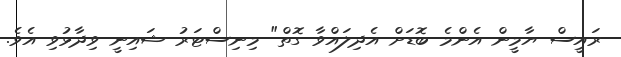
ރައީސް ޔާމީން އެންމެ ބޮޑަށް އެދިލައްވާ ގޮތް" މިނިސްޓަރު ޝައިނީ ވިދާޅުވި އެވެ.